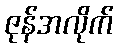
ဇုန်အလိုက်